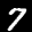
Label: 7